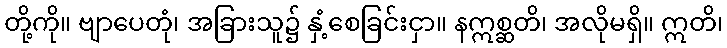
တို့ကို။ ဗျာပေတုံ၊ အခြားသူ၌ နှံ့စေခြင်းငှာ။ နဣစ္ဆတိ၊ အလိုမရှိ။ ဣတိ၊